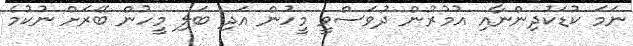
ނަމަ ކުޑަކުދިންނާއި އުމުރުން ދުވަސްވީ މީހުން އަދި ބަލި މީހުން ބޭރަށް ނުކުމެ